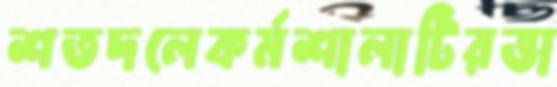
শতদলেকর্মশালাটিরভা